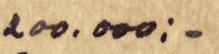
2oo.ooo:-